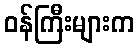
ဝန်ကြီးများက